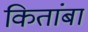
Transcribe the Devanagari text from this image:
कितांबा